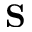
\textbf { S }